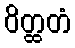
ဝိတ္ထတံ